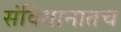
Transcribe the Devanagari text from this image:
संविधानातच